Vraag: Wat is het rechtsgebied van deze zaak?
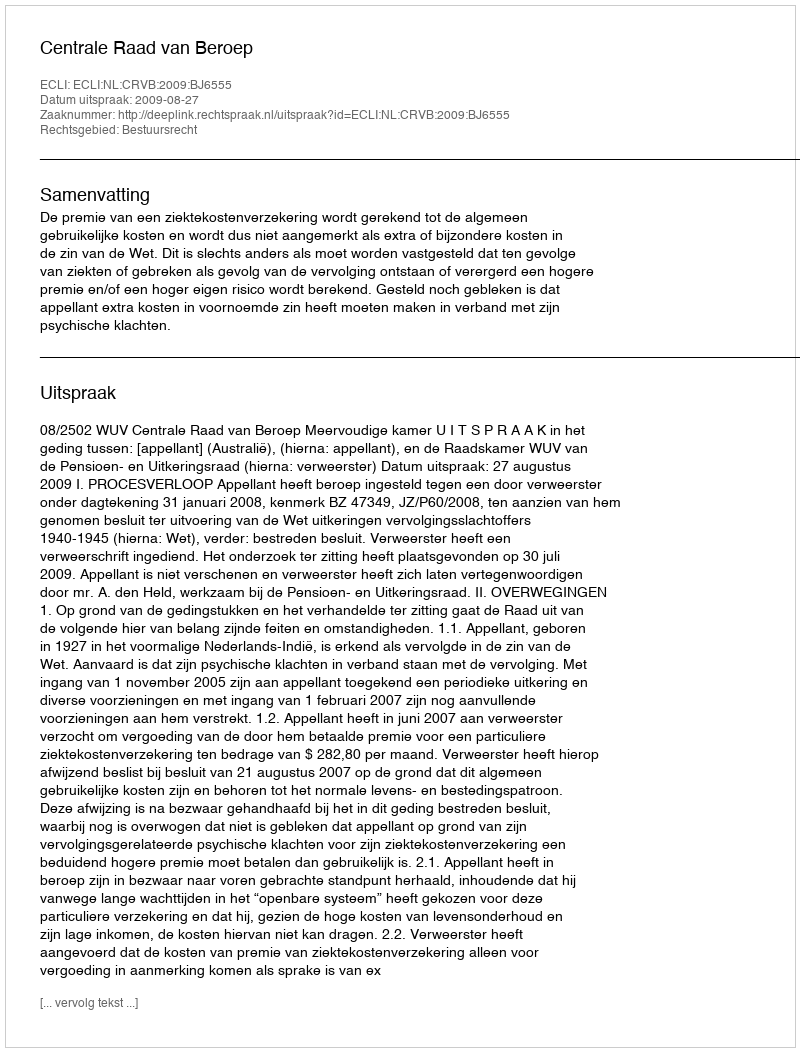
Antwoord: Bestuursrecht